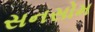
સનસોમ